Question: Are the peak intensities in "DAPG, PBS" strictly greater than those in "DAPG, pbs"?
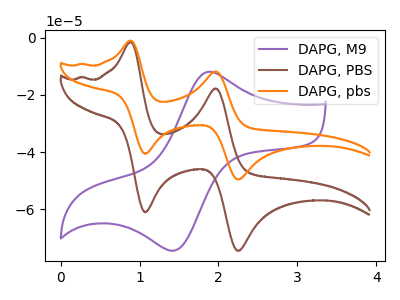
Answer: <think>The purple curve "DAPG, M9" has an anodic peak at (1.85V, -12.00uA) and a cathodic peak at (1.40V, -74.45uA). The brown curve "DAPG, PBS" has anodic peaks at (0.90V, -1.60uA) (1.95V, -17.75uA) and cathodic peaks at (1.05V, -60.95uA) (2.25V, -74.45uA). The orange curve "DAPG, pbs" has anodic peaks at (0.90V, -1.05uA) (1.95V, -11.80uA) and cathodic peaks at (1.05V, -40.55uA) (2.25V, -49.50uA).</think>
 <answer>The peaks in "DAPG, PBS" are neither all higher or all lower than the peaks in "DAPG, pbs".</answer>
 <eval>mixed</eval>